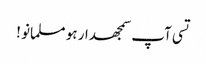
تسی آپ سمجھدار ہو مسلمانو !